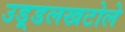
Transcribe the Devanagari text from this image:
उड़्डलखटोले